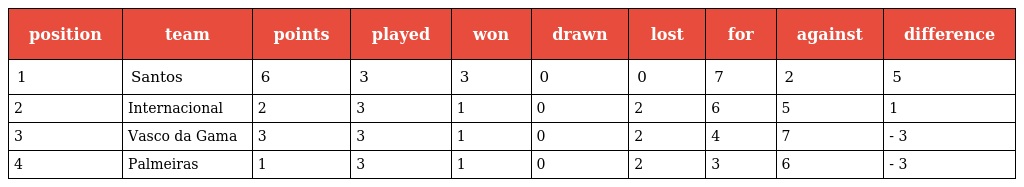
| position | team | points | played | won | drawn | lost | for | against | difference |
 | --- | --- | --- | --- | --- | --- | --- | --- | --- | --- |
 | 1 | Santos | 6 | 3 | 3 | 0 | 0 | 7 | 2 | 5 |
 | 2 | Internacional | 2 | 3 | 1 | 0 | 2 | 6 | 5 | 1 |
 | 3 | Vasco da Gama | 3 | 3 | 1 | 0 | 2 | 4 | 7 | - 3 |
 | 4 | Palmeiras | 1 | 3 | 1 | 0 | 2 | 3 | 6 | - 3 |